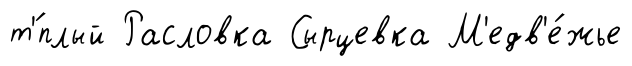
т'́плый Расловка Сырцевка М'едв'е́жье